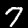
Label: 7